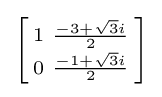
\left[{\begin{smallmatrix}1&{\frac {-3+{\sqrt {3}}i}{2}}\\0&{\frac {-1+{\sqrt {3}}i}{2}}\\\end{smallmatrix}}\right]